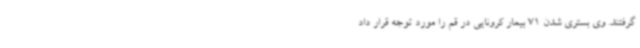
گرفتند. وی بستری شدن 71 بیمار کرونایی در قم را مورد توجه قرار داد